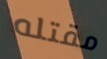
مقتله